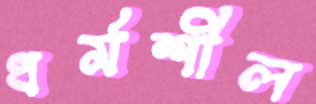
ধর্মশীল